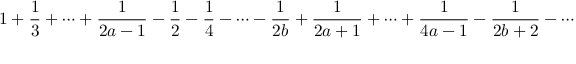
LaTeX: { 1 } + { \frac { 1 } { 3 } } + \cdots + { \frac { 1 } { 2 a - 1 } } - { \frac { 1 } { 2 } } - { \frac { 1 } { 4 } } - \cdots - { \frac { 1 } { 2 b } } + { \frac { 1 } { 2 a + 1 } } + \cdots + { \frac { 1 } { 4 a - 1 } } - { \frac { 1 } { 2 b + 2 } } - \cdots